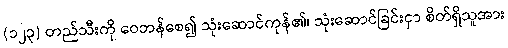
(၁၂၃) တည်သီးကို ဝေဘန်စေ၍ သုံးဆောင်ကုန်၏၊ သုံးဆောင်ခြင်းငှာ စိတ်ရှိသူအား